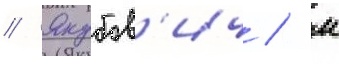
// Якубов'ич / м